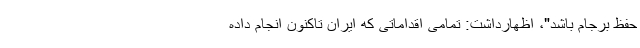
حفظ برجام باشد"، اظهارداشت: تمامی اقداماتی که ایران تاکنون انجام داده